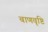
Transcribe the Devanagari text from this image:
बाणवृष्टि